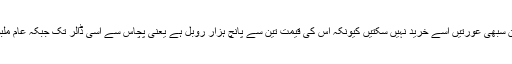
یہ تیزی سے سوکھنے والے کپڑے سے بنا پاجامہ کرتا ہے لیکن سبھی عورتیں اسے خرید نہیں سکتیں کیونکہ اس کی قیمت تین سے پانچ ہزار روبل ہے یعنی پچاس سے اسی ڈالر تک جبکہ عام ملبوس پیراکی کوئی بھی خاتون خریدنے کی استطاعت رکھتی ہے۔